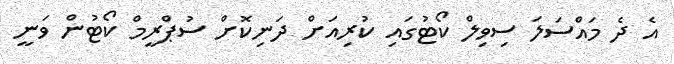
އެ ދެ މައްސަލަ ސިވިލް ކޯޓުގައި ކުރިއަށް ދަނިކޮށް ސުޕްރީމް ކޯޓުން ވަނީ